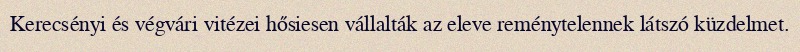
Kerecsényi és végvári vitézei hősiesen vállalták az eleve reménytelennek látszó küzdelmet.